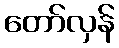
တော်လှန်